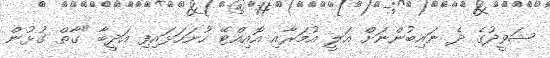
ޝަވީދުގެ ދެ ނައިބުންނަށް އަލީ އުމަރާއި އޮއިއްޓޭ ހުށަހަޅައިފި އަދީބާ "ގާތް ގުޅުން